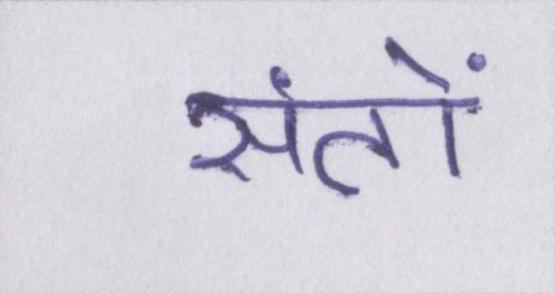
संतों